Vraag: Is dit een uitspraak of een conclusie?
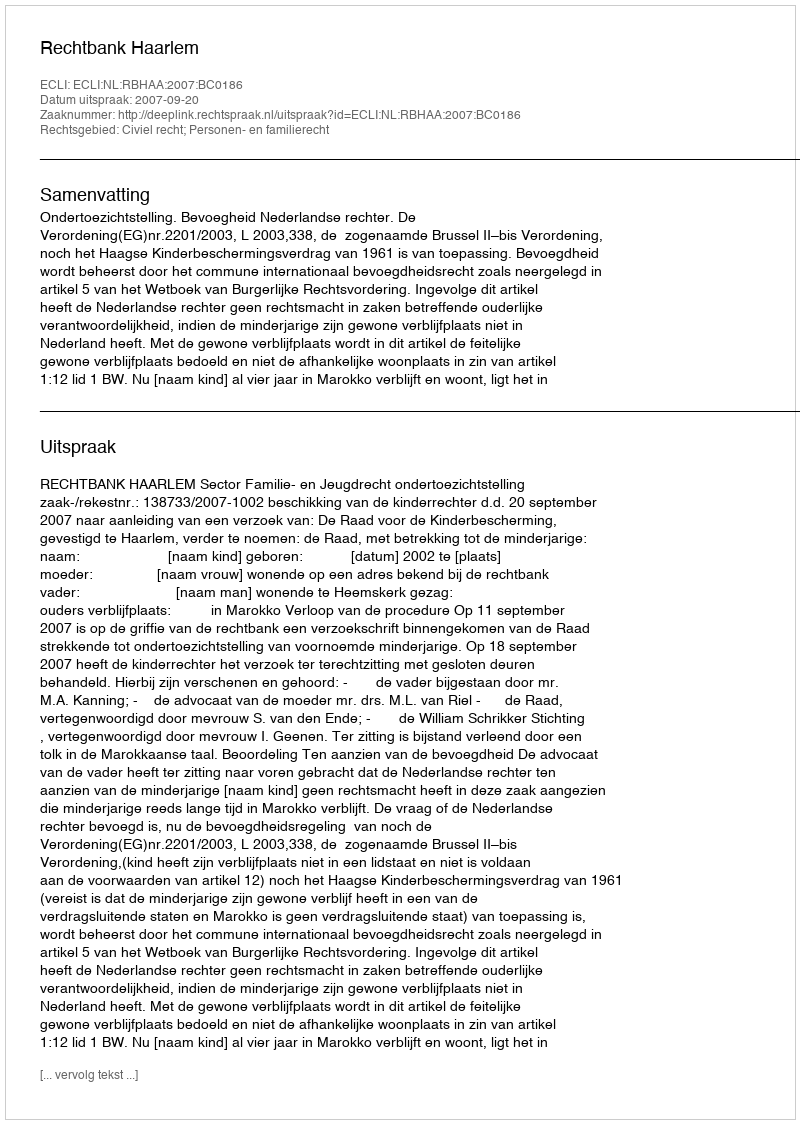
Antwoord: Uitspraak